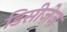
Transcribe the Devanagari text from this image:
डिसीज़ेज़